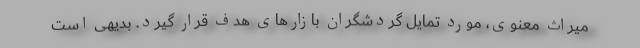
میراث معنوی، مورد تمایل گردشگران بازارهای هدف قرار گیرد. بدیهی است